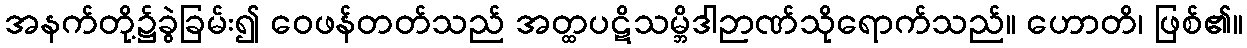
အနက်တို့၌ခွဲခြမ်း၍ ဝေဖန်တတ်သည် အတ္ထပဋိသမ္ဘိဒါဉာဏ်သိုရောက်သည်။ ဟောတိ၊ ဖြစ်၏။